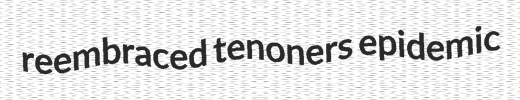
reembraced tenoners epidemic